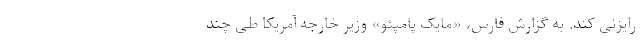
رایزنی کند. به گزارش فارس، «مایک پامپئو» وزیر خارجه آمریکا طی چند